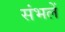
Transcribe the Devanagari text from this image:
संभलें